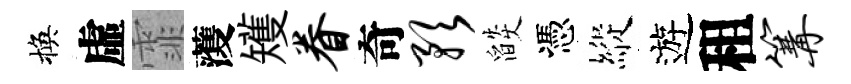
換虛霏𮑮矱眷奇预燄憑縱遊租篝